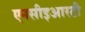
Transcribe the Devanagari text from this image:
एनसीइआरटी